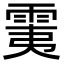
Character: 䨑